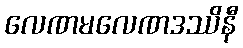
လေဏမလေဏဒဿိနီ